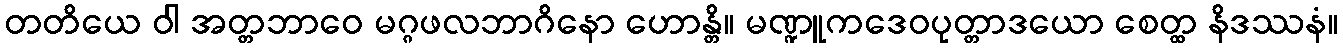
တတိယေ ဝါ အတ္တဘာဝေ မဂ္ဂဖလဘာဂိနော ဟောန္တိ။ မဏ္ဍူကဒေဝပုတ္တာဒယော စေတ္ထ နိဒဿနံ။